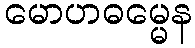
မောဟဓမ္မေန